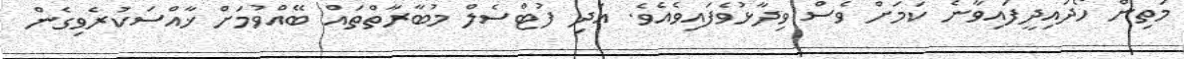
މަތިން ހޯދައިދީފައިވާނެ ކަމަށް ވެސް ވިދާޅުވެފައިވެއެވެ. އަދި ފުޓްސެލް މުބާރާތްތައް ބޭއްވުމަށް ޚާއްސަކުރެވިގެން